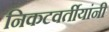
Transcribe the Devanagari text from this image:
निकटवर्तीयांनी